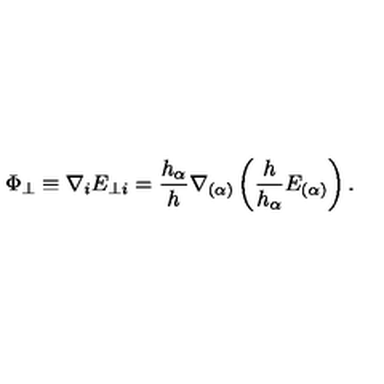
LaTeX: \Phi _ { \perp } \equiv \nabla _ { i } E _ { \perp i } = \frac { h _ { \alpha } } { h } \nabla _ { ( \alpha ) } \left( \frac { h } { h _ { \alpha } } E _ { ( \alpha ) } \right) .